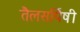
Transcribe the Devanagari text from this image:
तैलसर्पिषी